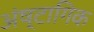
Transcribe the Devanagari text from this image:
अंष्टागिक